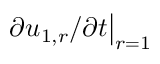
\left. \partial u _ { 1 , r } / \partial t \right| _ { r = 1 }